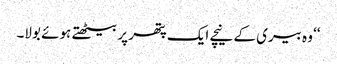
‘‘ وہ بیری کے نیچے ایک پتھر پر بیٹھتے ہوئے بولا۔